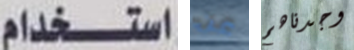
استخدام عن وجدناهم